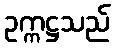
ဥက္ကဋ္ဌသည်